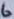
Text: 6